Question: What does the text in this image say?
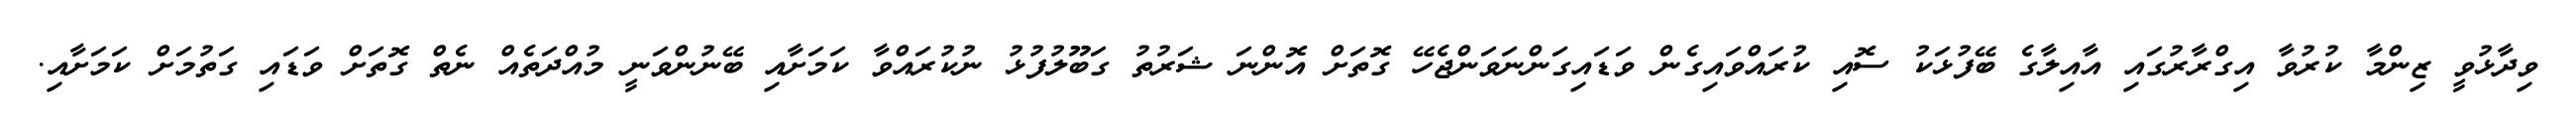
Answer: ވިދާޅުވީ ޒިންމާ ކުރުވާ އިގްރާރުގައި އާއިލާގެ ބޭފުޅަކު ސޮއި ކުރައްވައިގެން ވަޑައިގަންނަވަންޖެހޭ ގޮތަށް އޮންނަ ޝަރުތު ގަބޫލުފުޅު ނުކުރައްވާ ކަމަށާއި ބޭނުންވަނީ މުއްދަތެއް ނެތް ގޮތަށް ވަޑައި ގަތުމަށް ކަމަށާއި.